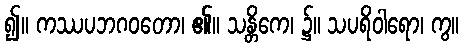
၍။ ကဿပဘဂဝတော၊ ၏။ သန္တိကေ၊ ၌။ သပရိဝါရော၊ ကွ။